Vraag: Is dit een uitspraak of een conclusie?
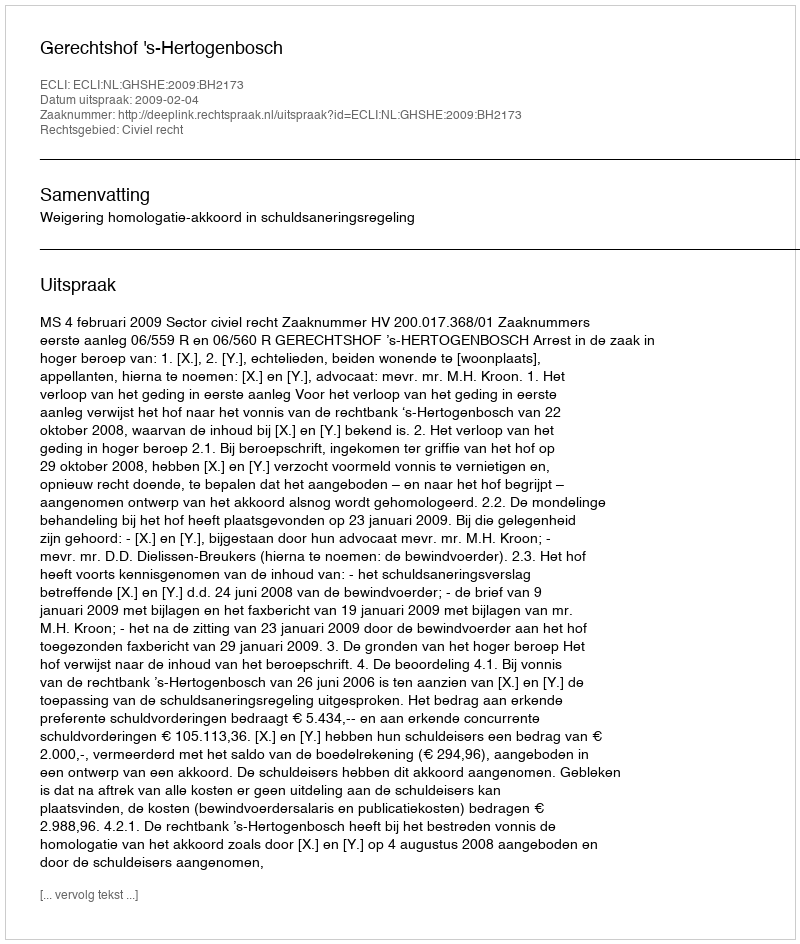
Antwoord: Uitspraak